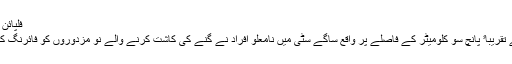
فلپائن میں نو کاشت کار ہلاک
فلپائنی دارالحکومت سے تقریباﹰ پانچ سو کلومیٹر کے فاصلے پر واقع ساگے سٹی میں نامعلو افراد نے گنے کی کاشت کرنے والے نو مزدوروں کو فائرنگ کر کے ہلاک کر دیا ہے۔